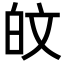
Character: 𪽼